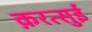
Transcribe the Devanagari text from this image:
क़रत्सुई